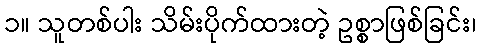
၁။ သူတစ်ပါး သိမ်းပိုက်ထားတဲ့ ဥစ္စာဖြစ်ခြင်း၊